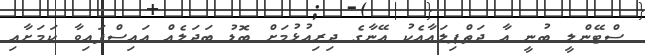
ސްޓޭންލީ ބުނީ އާ ދަތްޕިލައާއެކު އޭނާގެ ދިރިއުޅުމަށް ބޮޑު ބަދަލެއް އައިސްފައިވާ ކަމަށާއި